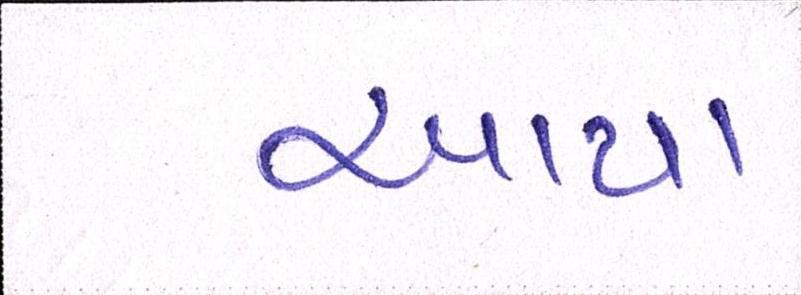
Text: આયા